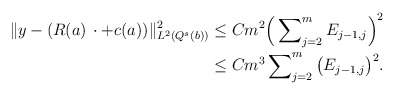
\begin{align*} \Vert y - (R(a)\, \cdot + c(a))\Vert^2_{L^2(Q^s(b))} &\le Cm^2\Big(\sum\nolimits^m_{j=2} E_{j-1,j}\Big)^2 \\ &\le Cm^3\sum\nolimits^m_{j=2} \big(E_{j-1,j}\big)^2.\end{align*}